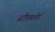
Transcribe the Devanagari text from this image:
स्टैफ़्फ़ोर्ड